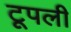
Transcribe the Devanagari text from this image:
टूपली